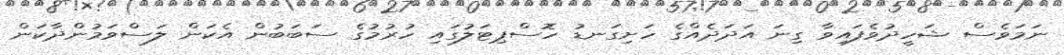
ނަމަވެސް ޝަހީދުވެފައިވާ ގިނަ އަދަދެއްގެ ހަށިގަނޑު ހޮސްޕިޓަލުގައި ހުރުމުގެ ސަބަބުން އެކަން ލަސްވަމުންދާކަން